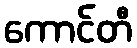
ကောင်တီ